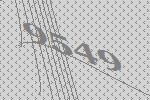
9549